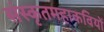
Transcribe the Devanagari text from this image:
संस्कृतमहाकवियों